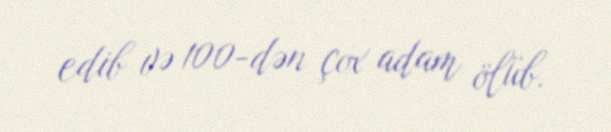
edib və 100-dən çox adam ölüb.